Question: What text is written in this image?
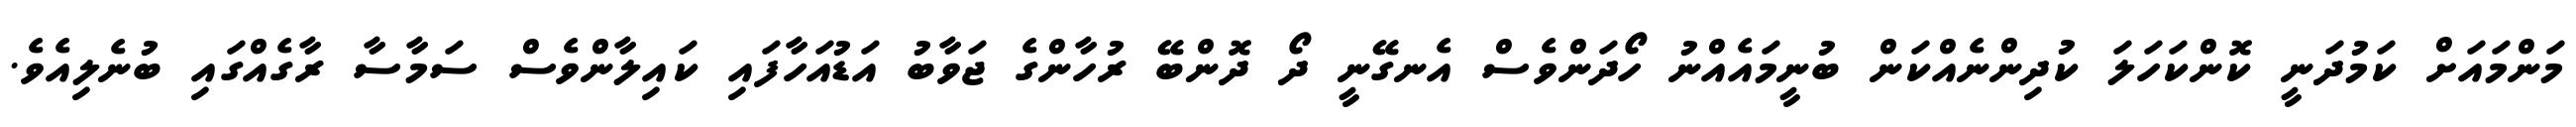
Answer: މަންމައަށް ކަމުދަނީ ކޮންކަހަލަ ކުދިންނެއްކަން ބުނީމައެއްނު ހޯދަންވެސް އެނގޭނީ ދޯ ދޮންބޭ ރުހާންގެ ޖަވާބު އަޑުއަހާފައި ކައިލާންވެސް ސަމާސާ ރާގެއްގައި ބުނެލިއެވެ.